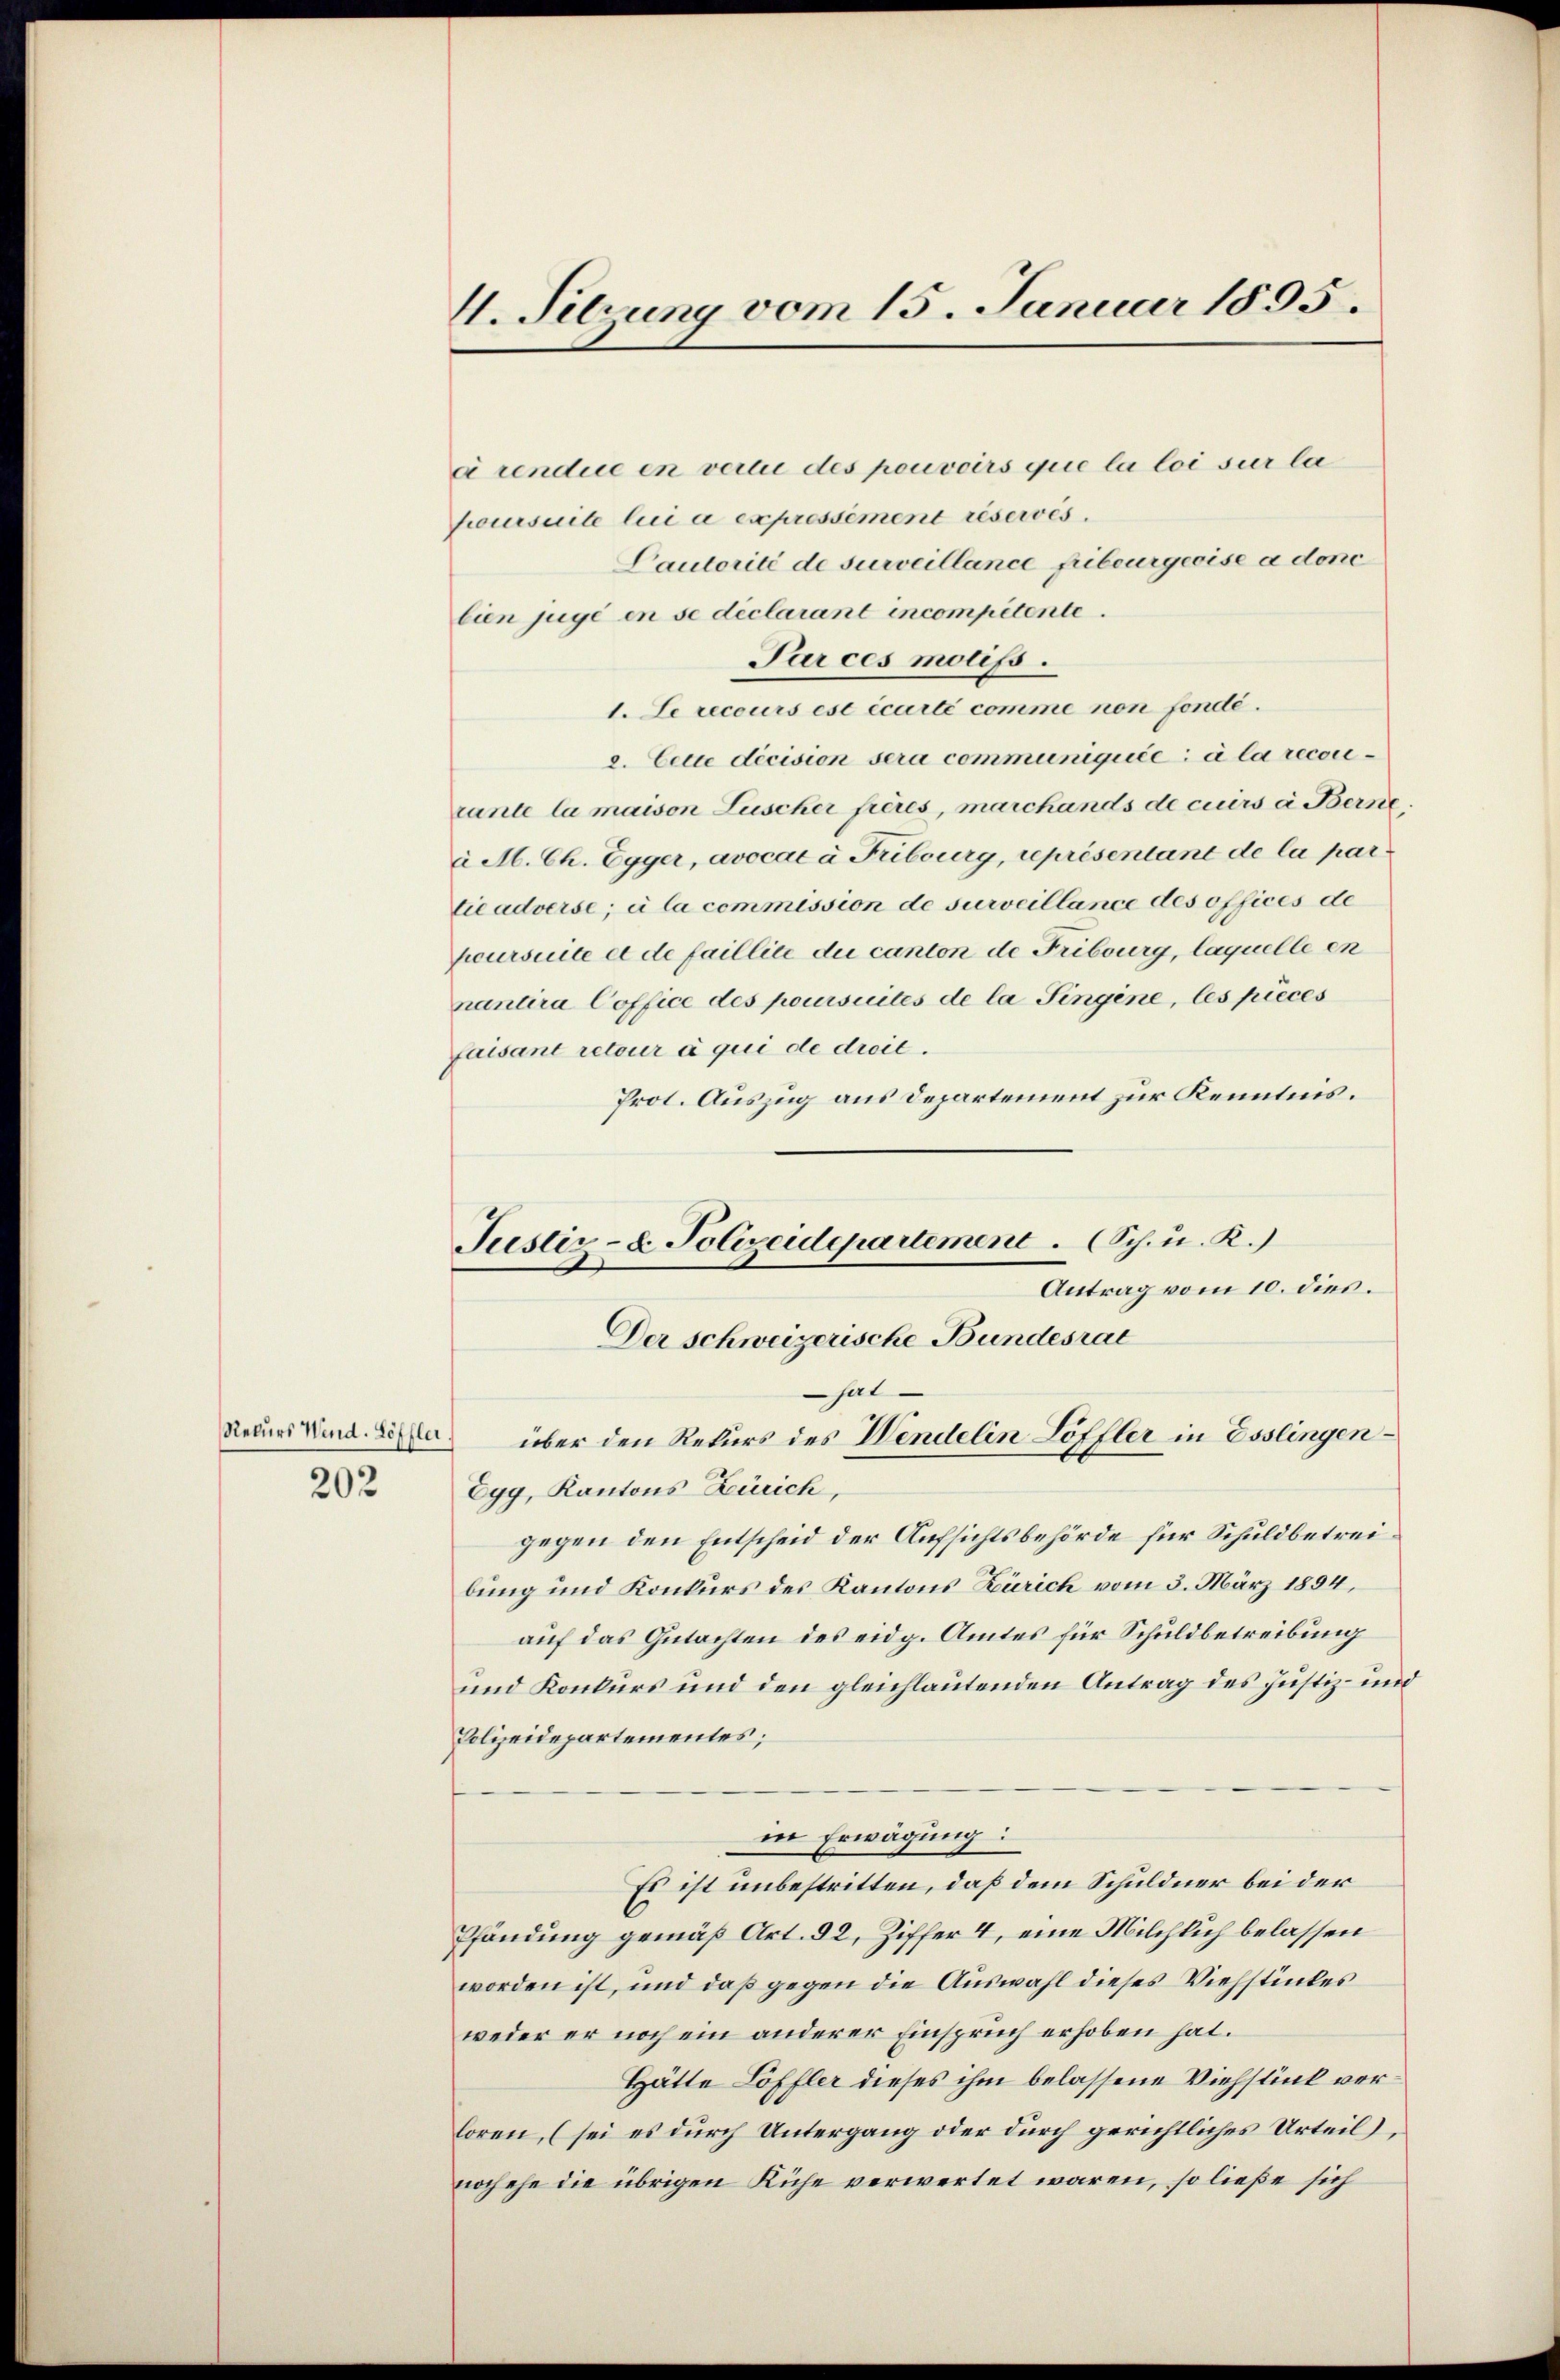
202

V. Sehrung vom 15. Januar 1895.

arendue en vertie des pouvoirs que la loi sur la
joursuite lui a expressément réservés.
Vautorité de surveillance fibeurgeoise a donc
bien juge en se déclarant incompetente.
Par ces motifs.
1. Le recours est écarté comme non fondé.
e. Cette decision sera communiquée à la recon
rante la maison Lüscher frères, marchands de cuirs à Berne
i M. Ch. Egger, avocat à Fribourg, représentant de la partieadverse; il la commission de surveillance des offices de
peursuite et de faillite du canton de Fribourg, laquelle en
nantira Coffice des poursuites de la Fingene, les pieces
faisant retour à qui de droit.
Prot. Auszug aus Departement zur Kenntnis.
Antrag vom 10. dies.
Der Schweizerische Bundesrat
hat
Recurs den über den Rekurs des Windelin Löffler in Esslingen¬
Egg, Kantons Zürich,
gegen den Entscheid der Aufsichtsbehörde für Schuldbetreibung und Konkurs des Kantons Zürich vom 3. März 1894,
auf das Gutachten des eidg. Amtes für Schuldbetreibung
und Konkurs und den gleichlautenden Antrag des Justiz- und
Polizeidepartementes;
in Erwägung:
Es ist unbestritten, daß dem Schuldner bei der
Pfändung gemäß Art. 92, Ziffer 4, eine Milchlich belassen
worden ist, und daß gegen die Auswahl dieses Viehstückes
weder er noch ein anderer Einspruch erhoben hat.
Hätte Löffler dieses ihm belassene Viehstück verloren, (sei es durch Untergang oder durch gerichtliches Urteil),
noch ehe die übrigen Kühe verwertet waren, so ließe sich

Justiz- u. Polizeidepartement. (Sch. u. R.)